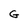
Character: G